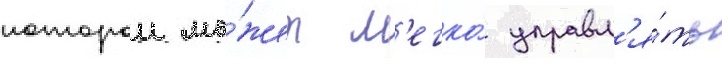
которои мо́жет л'егко́ управл'я́ть